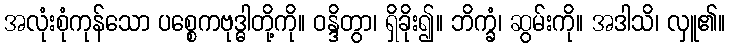
အလုံးစုံကုန်သော ပစ္စေကဗုဒ္ဓါတို့ကို။ ဝန္ဒိတွာ၊ ရှိခိုး၍။ ဘိက္ခံ၊ ဆွမ်းကို။ အဒါသိ၊ လှူ၏။